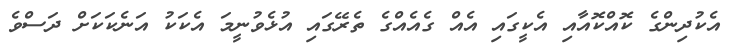
އެކުދިންގެ ކޮއްކޮއާއި އެކީގައި އެއް ގެއެއްގެ ތެރޭގައި އުޅެވުނީމަ އެކަކު އަނެކަކަށް ދަސްވެ